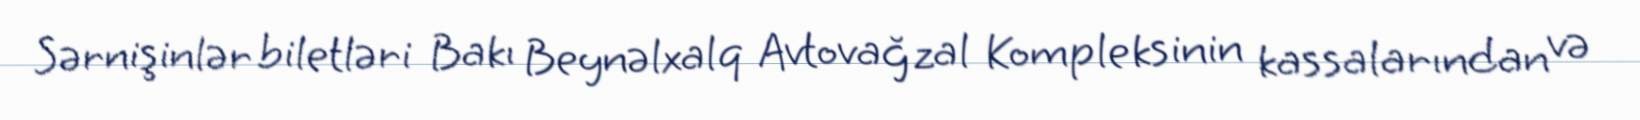
Sərnişinlər biletləri Bakı Beynəlxalq Avtovağzal Kompleksinin kassalarından və